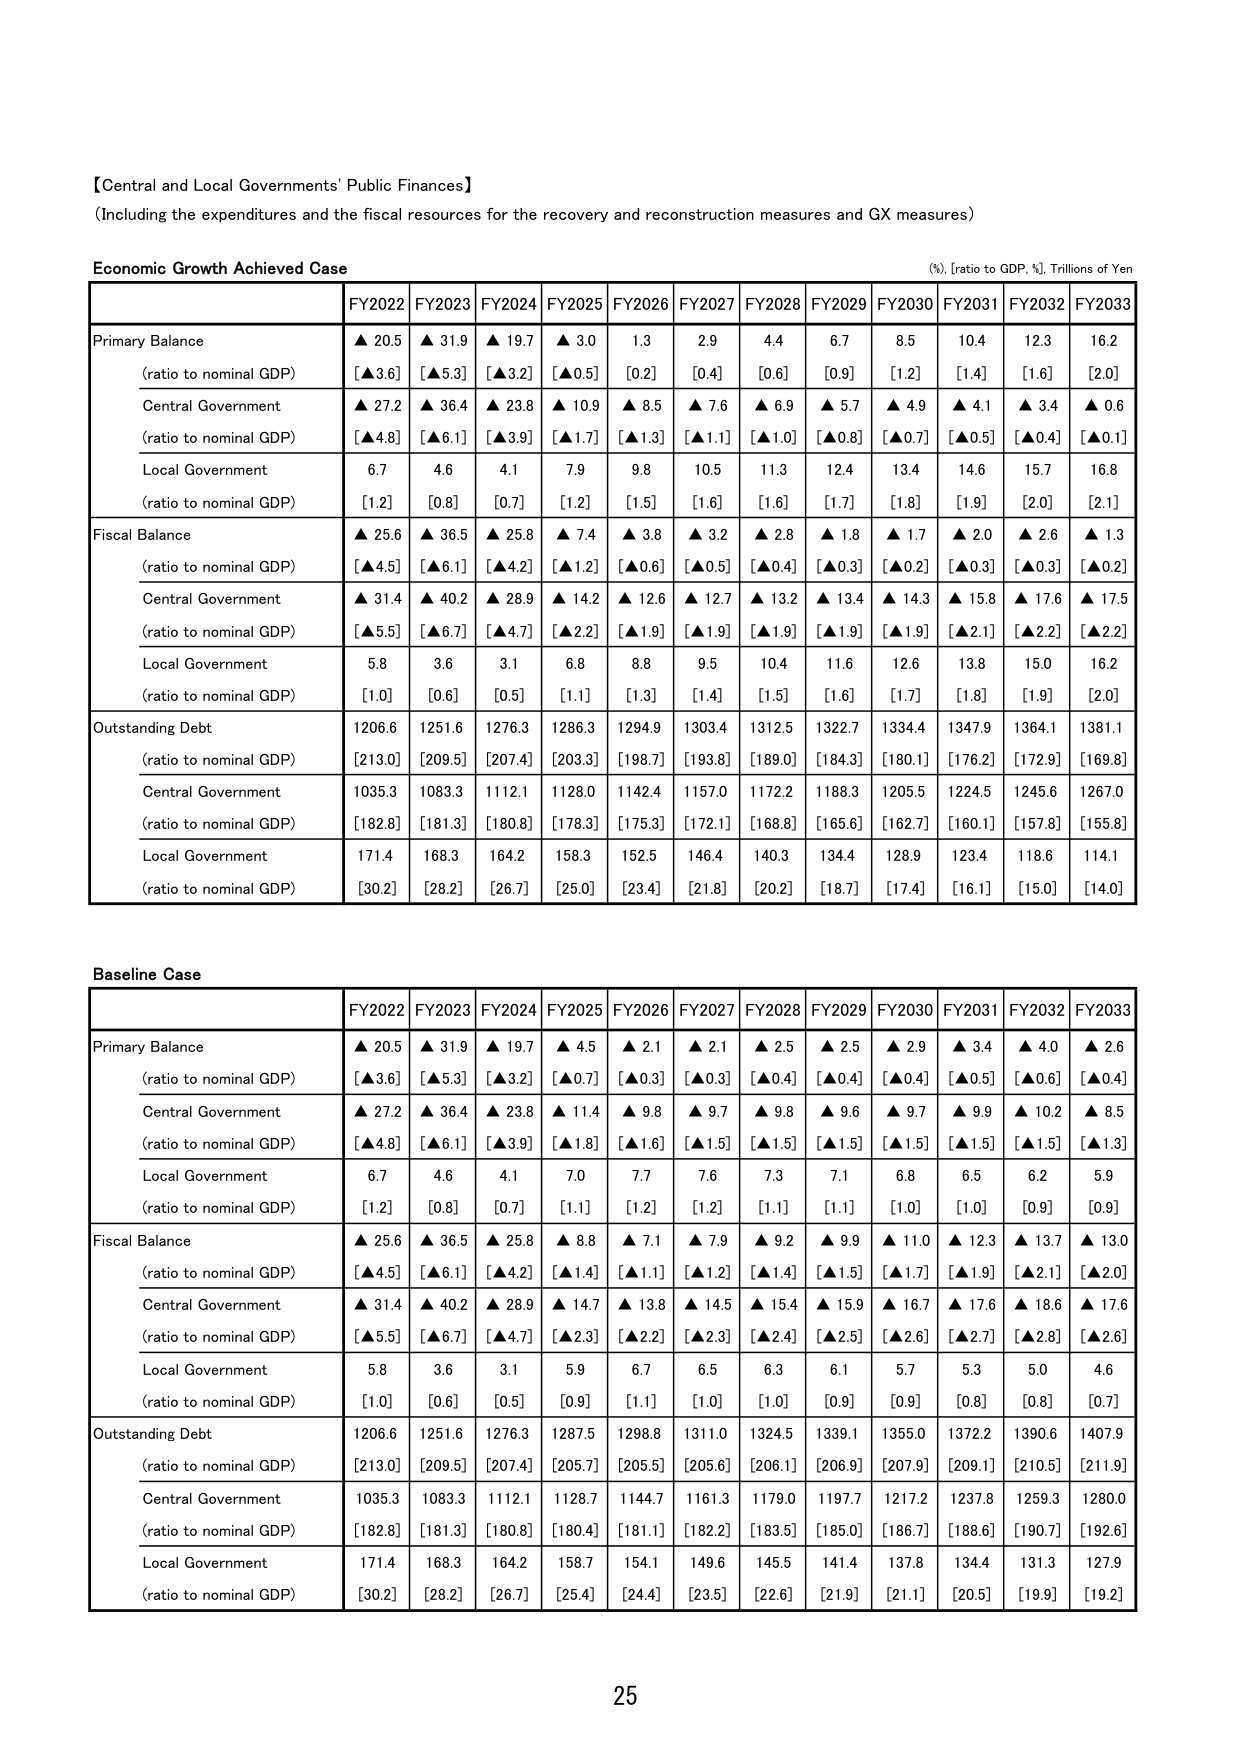
【Central and Local Governments' Public Finances】
(Including the expenditures and the fiscal resources for the recovery and reconstruction measures and GX measures)

Economic Growth Achieved Case
(%, [ratio to GDP, %], Trillions of Yen)

FY2022 FY2023 FY2024 FY2025 FY2026 FY2027 FY2028 FY2029 FY2030 FY2031 FY2032 FY2033

Primary Balance
(ratio to nominal GDP)
▲ 20.5 ▲ 31.9 ▲ 19.7 ▲ 3.0 1.3 2.9 4.4 6.7 8.5 10.4 12.3 16.2
[▲3.6] [▲5.3] [▲3.2] [▲0.5] [0.2] [0.4] [0.6] [0.9] [1.2] [1.4] [1.6] [2.0]

Central Government
(ratio to nominal GDP)
▲ 27.2 ▲ 36.4 ▲ 23.8 ▲ 10.9 ▲ 8.5 ▲ 7.6 ▲ 6.9 ▲ 5.7 ▲ 4.9 ▲ 4.1 ▲ 3.4 ▲ 0.6
[▲4.8] [▲6.1] [▲3.9] [▲1.7] [▲1.3] [▲1.1] [▲1.0] [▲0.8] [▲0.7] [▲0.5] [▲0.4] [▲0.1]

Local Government
(ratio to nominal GDP)
6.7 4.6 4.1 7.9 9.8 10.5 11.3 12.4 13.4 14.6 15.7 16.8
[1.2] [0.8] [0.7] [1.2] [1.5] [1.6] [1.6] [1.7] [1.8] [1.9] [2.0] [2.1]

Fiscal Balance
(ratio to nominal GDP)
▲ 25.6 ▲ 36.5 ▲ 25.8 ▲ 7.4 ▲ 3.8 ▲ 3.2 ▲ 2.8 ▲ 1.8 ▲ 1.7 ▲ 2.0 ▲ 2.6 ▲ 1.3
[▲4.5] [▲6.1] [▲4.2] [▲1.2] [▲0.6] [▲0.5] [▲0.4] [▲0.3] [▲0.2] [▲0.3] [▲0.3] [▲0.2]

Central Government
(ratio to nominal GDP)
▲ 31.4 ▲ 40.2 ▲ 28.9 ▲ 14.2 ▲ 12.6 ▲ 12.7 ▲ 13.2 ▲ 13.4 ▲ 14.3 ▲ 15.8 ▲ 17.6 ▲ 17.5
[▲5.5] [▲6.7] [▲4.7] [▲2.2] [▲1.9] [▲1.9] [▲1.9] [▲1.9] [▲1.9] [▲2.1] [▲2.2] [▲2.2]

Local Government
(ratio to nominal GDP)
5.8 3.6 3.1 6.8 8.8 9.5 10.4 11.6 12.6 13.8 15.0 16.2
[1.0] [0.6] [0.5] [1.1] [1.3] [1.4] [1.5] [1.6] [1.7] [1.8] [1.9] [2.0]

Outstanding Debt
(ratio to nominal GDP)
1206.6 1251.6 1276.3 1286.3 1294.9 1303.4 1312.5 1322.7 1334.4 1347.9 1364.1 1381.1
[213.0] [209.5] [207.4] [203.3] [198.7] [193.8] [189.0] [184.3] [180.1] [176.2] [172.9] [169.8]

Central Government
(ratio to nominal GDP)
1035.3 1083.3 1112.1 1128.0 1142.4 1157.0 1172.2 1188.3 1205.5 1224.5 1245.6 1267.0
[182.8] [181.3] [180.8] [178.3] [175.3] [172.1] [168.8] [165.6] [162.7] [160.1] [157.8] [155.8]

Local Government
(ratio to nominal GDP)
171.4 168.3 164.2 158.3 152.5 146.4 140.3 134.4 128.9 123.4 118.6 114.1
[30.2] [28.2] [26.7] [25.0] [23.4] [21.8] [20.2] [18.7] [17.4] [16.1] [15.0] [14.0]

Baseline Case

FY2022 FY2023 FY2024 FY2025 FY2026 FY2027 FY2028 FY2029 FY2030 FY2031 FY2032 FY2033

Primary Balance
(ratio to nominal GDP)
▲ 20.5 ▲ 31.9 ▲ 19.7 ▲ 4.5 ▲ 2.1 ▲ 2.1 ▲ 2.5 ▲ 2.5 ▲ 2.9 ▲ 3.4 ▲ 4.0 ▲ 2.6
[▲3.6] [▲5.3] [▲3.2] [▲0.7] [▲0.3] [▲0.3] [▲0.4] [▲0.4] [▲0.4] [▲0.5] [▲0.6] [▲0.4]

Central Government
(ratio to nominal GDP)
▲ 27.2 ▲ 36.4 ▲ 23.8 ▲ 11.4 ▲ 9.8 ▲ 9.7 ▲ 9.8 ▲ 9.6 ▲ 9.7 ▲ 9.9 ▲ 10.2 ▲ 8.5
[▲4.8] [▲6.1] [▲3.9] [▲1.8] [▲1.6] [▲1.5] [▲1.5] [▲1.5] [▲1.5] [▲1.5] [▲1.5] [▲1.3]

Local Government
(ratio to nominal GDP)
6.7 4.6 4.1 7.0 7.7 7.6 7.3 7.1 6.8 6.5 6.2 5.9
[1.2] [0.8] [0.7] [1.1] [1.2] [1.2] [1.1] [1.1] [1.0] [1.0] [0.9] [0.9]

Fiscal Balance
(ratio to nominal GDP)
▲ 25.6 ▲ 36.5 ▲ 25.8 ▲ 8.8 ▲ 7.1 ▲ 7.9 ▲ 9.2 ▲ 9.9 ▲ 11.0 ▲ 12.3 ▲ 13.7 ▲ 13.0
[▲4.5] [▲6.1] [▲4.2] [▲1.4] [▲1.1] [▲1.2] [▲1.4] [▲1.5] [▲1.7] [▲1.9] [▲2.1] [▲2.0]

Central Government
(ratio to nominal GDP)
▲ 31.4 ▲ 40.2 ▲ 28.9 ▲ 14.7 ▲ 13.8 ▲ 14.5 ▲ 15.4 ▲ 15.9 ▲ 16.7 ▲ 17.6 ▲ 18.6 ▲ 17.6
[▲5.5] [▲6.7] [▲4.7] [▲2.3] [▲2.2] [▲2.3] [▲2.4] [▲2.5] [▲2.6] [▲2.7] [▲2.8] [▲2.6]

Local Government
(ratio to nominal GDP)
5.8 3.6 3.1 5.9 6.7 6.5 6.3 6.1 5.7 5.3 5.0 4.6
[1.0] [0.6] [0.5] [0.9] [1.1] [1.0] [1.0] [0.9] [0.9] [0.8] [0.8] [0.7]

Outstanding Debt
(ratio to nominal GDP)
1206.6 1251.6 1276.3 1287.5 1298.8 1311.0 1324.5 1339.1 1355.0 1372.2 1390.6 1407.9
[213.0] [209.5] [207.4] [205.7] [205.5] [205.6] [206.1] [206.9] [207.9] [209.1] [210.5] [211.9]

Central Government
(ratio to nominal GDP)
1035.3 1083.3 1112.1 1128.7 1144.7 1161.3 1179.0 1197.7 1217.2 1237.8 1259.3 1280.0
[182.8] [181.3] [180.8] [180.4] [181.1] [182.2] [183.5] [185.0] [186.7] [188.6] [190.7] [192.6]

Local Government
(ratio to nominal GDP)
171.4 168.3 164.2 158.7 154.1 149.6 145.5 141.4 137.8 134.4 131.3 127.9
[30.2] [28.2] [26.7] [25.4] [24.4] [23.5] [22.6] [21.9] [21.1] [20.5] [19.9] [19.2]

25